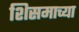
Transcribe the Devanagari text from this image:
शिसमाच्या